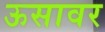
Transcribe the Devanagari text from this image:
ऊसावर